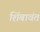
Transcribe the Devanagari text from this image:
शिंबावंत